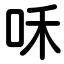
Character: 咊